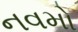
નવમો